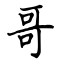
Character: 哥